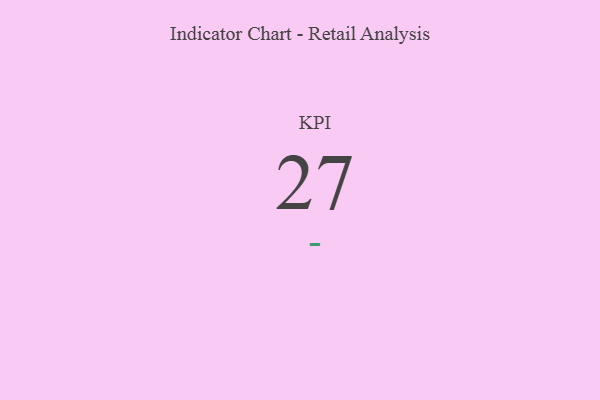
{"axis": {"x": "KPI", "y": "Value"}, "legend": [""], "data": [{"x": "KPI", "y": 27, "type": ""}]}